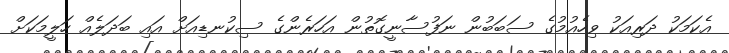
އެކަމަކު ދަރިއަކު ވިހެއުމުގެ ސަބަބުން ނަފުސާނީގޮތުން އަހަރެންގެ ސިކުނޑިއަށް އައި ބަދަލެއް ހަލީމަކަށް